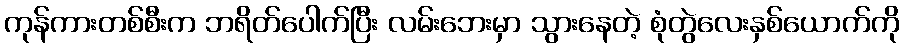
ကုန်ကားတစ်စီးက ဘရိတ်ပေါက်ပြီး လမ်းဘေးမှာ သွားနေတဲ့ စုံတွဲလေးနှစ်ယောက်ကို